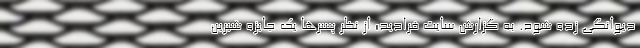
دیوانگی زده شود. به گزارش سایت فرادید؛ از نظرِ پسر‌ها یک جایزه شیرین